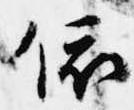
依